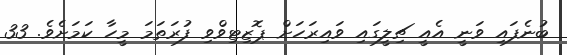
ބުނެފައި ވަނީ އެއީ ޗިލީގައި ވައިރަހަށް ޕޮޒިޓިވްވި ފުރަތަމަ މީހާ ކަމަށެވެ. 33